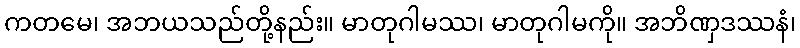
ကတမေ၊ အဘယသည်တို့နည်း။ မာတုဂါမဿ၊ မာတုဂါမကို။ အဘိဏှဒဿနံ၊